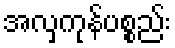
အလှကုန်ပစ္စည်း